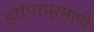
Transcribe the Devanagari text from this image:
ड्रॉपरप्रमाणे